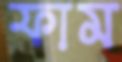
ফাম